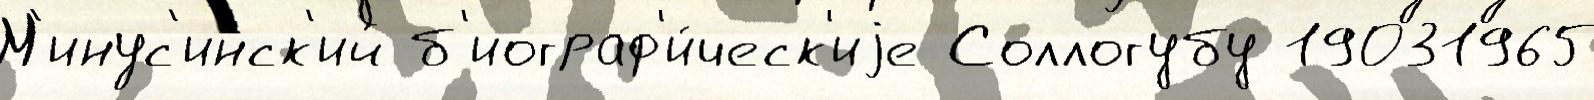
М'инус'инск'ий б'иограф'и́ческ'иjе Соллогубу 19031965